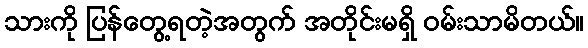
သားကို ပြန်တွေ့ရတဲ့အတွက် အတိုင်းမရှိ ဝမ်းသာမိတယ်။